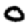
Digit: 0